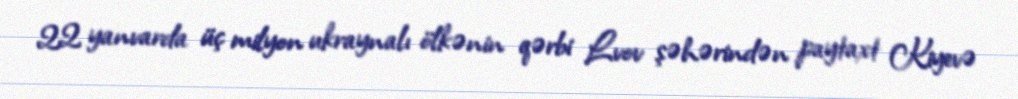
22 yanvarda üç milyon ukraynalı ölkənin qərbi Lvov şəhərindən paytaxt Kiyevə